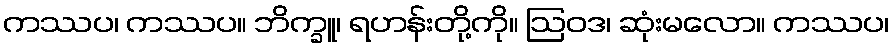
ကဿပ၊ ကဿပ။ ဘိက္ခူ၊ ရဟန်းတို့ကို။ ဩဝဒ၊ ဆုံးမလော။ ကဿပ၊